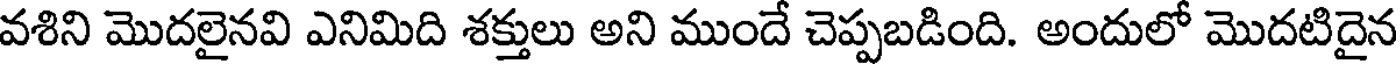
వశిని మొదలైనవి ఎనిమిది శక్తులు అని ముందే చెప్పబడింది. అందులో మొదటిదైన